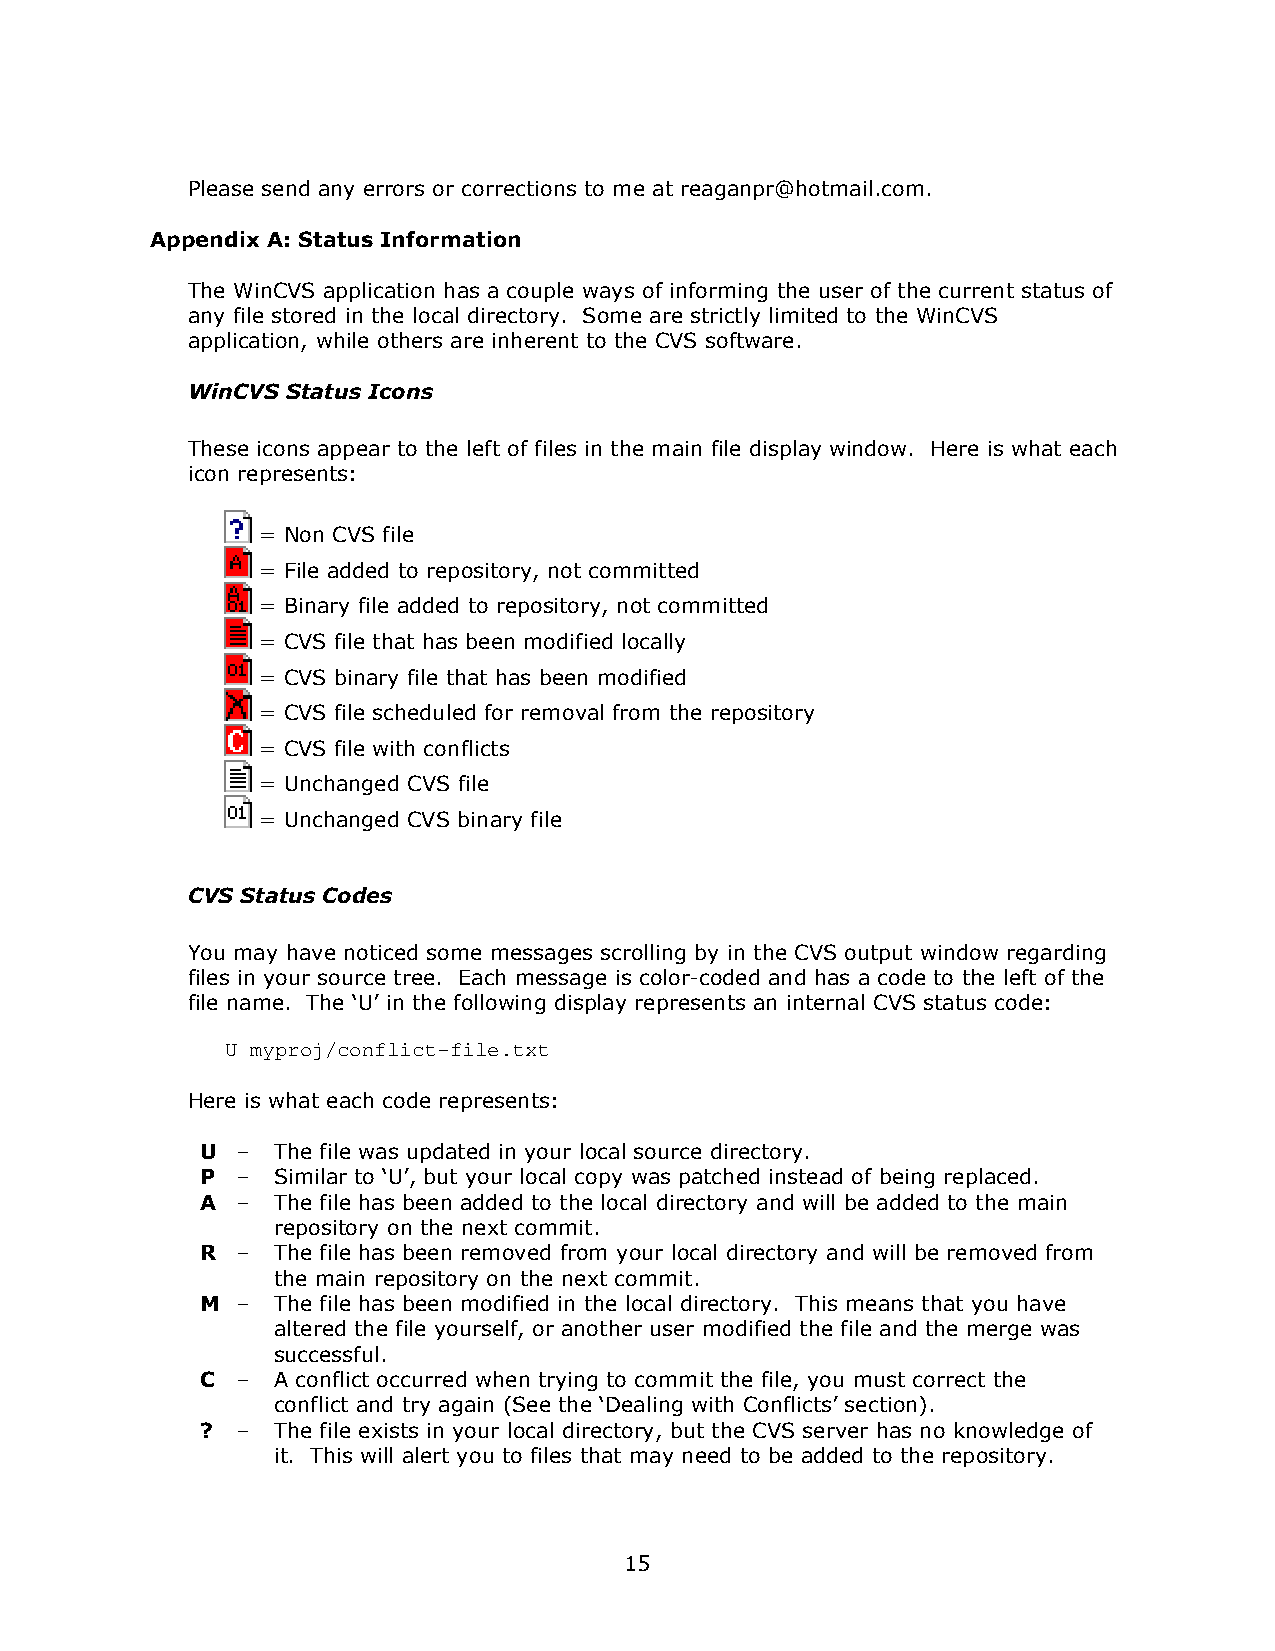
Please send any errors or corrections to me at reaganpr@hotmail.com.
 Appendix A: Status Information
 The WinCVS application has a couple ways of informing the user of the current status of
 any file stored in the local directory. Some are strictly limited to the WinCVS
 application, while others are inherent to the CVS software.
 WinCVS Status Icons
 These icons appear to the left of files in the main file display window. Here is what each
 icon represents:
 = Non CVS file
 = File added to repository, not committed
 = Binary file added to repository, not committed
 = CVS file that has been modified locally
 = CVS binary file that has been modified
 = CVS file scheduled for removal from the repository
 = CVS file with conflicts
 = Unchanged CVS file
 = Unchanged CVS binary file
 CVS Status Codes
 You may have noticed some messages scrolling by in the CVS output window regarding
 files in your source tree. Each message is color-coded and has a code to the left of the
 file name. The ’U“ in the following display represents an internal CVS status code:
 U myproj/conflict-file.txt
 Here is what each code represents:
 U  뇏 The file was updated in your local source directory.
 P  뇏 Similar to ’U“, but your local copy was patched instead of being replaced.
 A  뇏 The file has been added to the local directory and will be added to the main
 repository on the next commit.
 R  뇏 The file has been removed from your local directory and will be removed from
 the main repository on the next commit.
 M  뇏 The file has been modified in the local directory. This means that you have
 altered the file yourself, or another user modified the file and the merge was
 successful.
 C  뇏 A conflict occurred when trying to commit the file, you must correct the
 conflict and try again (See the ’Dealing with Conflicts“ section).
 ?  뇏 The file exists in your local directory, but the CVS server has no knowledge of
 it. This will alert you to files that may need to be added to the repository.
 15